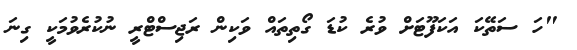
"ހަ ސަތޭކަ އަކަފޫޓަށް ވުރެ ކުޑަ ގޯތިތައް ވަކިން ރަޖިސްޓްރީ ނުކުރެވުމަކީ ގިނަ